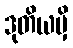
ဒုတိယမှိ